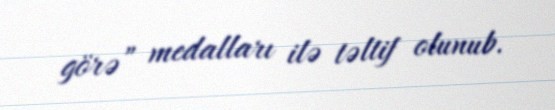
görə” medalları ilə təltif olunub.